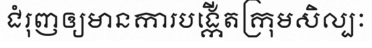
ជំរុញឲ្យមានការបង្កើតក្រុមសិល្បៈ